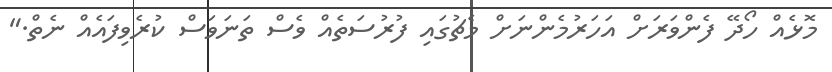
މޮޅެއް ހޯދޭ ފެންވަރަށް އަހަރުމެންނަށް މެޗުގައި ފުރުސަތެއް ވެސް ތަނަވަސް ކުރެވިފައެއް ނެތް."